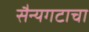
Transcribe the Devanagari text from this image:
सैन्यगटाचा